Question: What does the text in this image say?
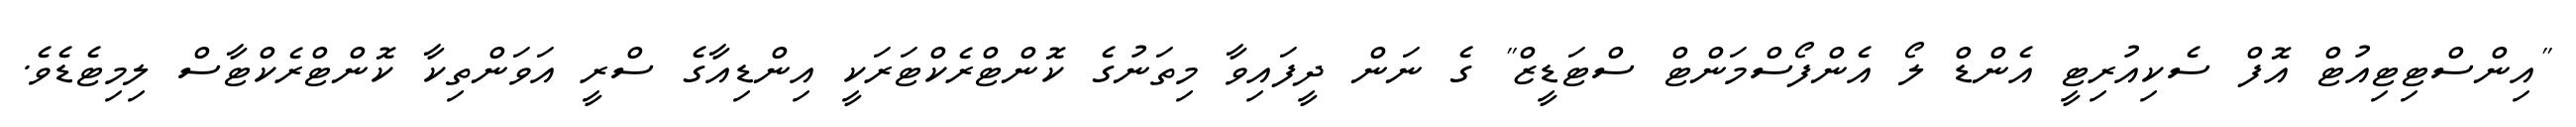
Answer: "އިންސްޓިޓިއުޓް އޮފް ސެކިއުރިޓީ އެންޑް ލޯ އެންފޯސްމަންޓް ސްޓަޑީޒް" ގެ ނަން ދީފައިވާ މިތަނުގެ ކޮންޓްރެކްޓަރަކީ އިންޑިއާގެ ސްރީ އަވަންތިކާ ކޮންޓްރެކްޓާސް ލިމިޓެޑެވެ.